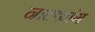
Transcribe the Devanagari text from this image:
नाटकांग